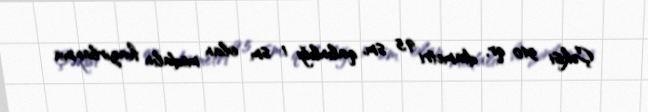
Çəkisi 540 qr, diametri 9,5 sm, qalınlığı 1 sm olan medalın hazırlanma